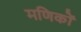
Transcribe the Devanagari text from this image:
मणिकों